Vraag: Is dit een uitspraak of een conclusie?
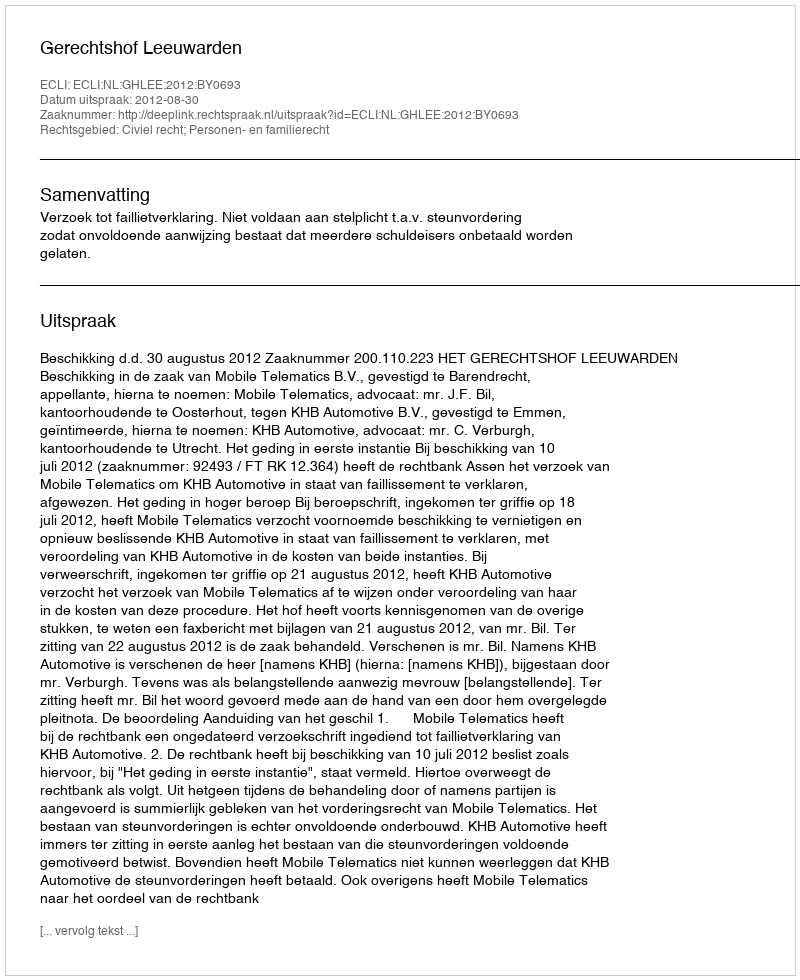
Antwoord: Uitspraak